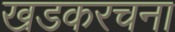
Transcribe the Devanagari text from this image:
खडकरचना